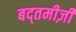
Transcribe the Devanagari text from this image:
बद्तमीज़ी